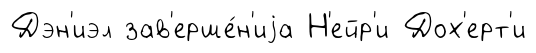
Дэн'иэл зав'ерше́н'иjа Н'ейр'и Дох'ерт'и